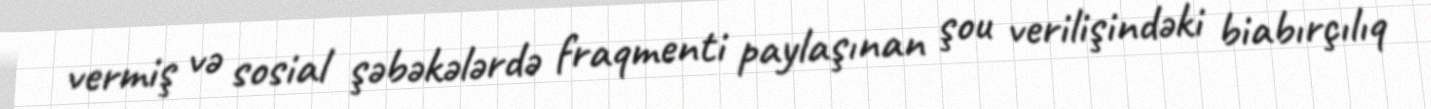
vermiş və sosial şəbəkələrdə fraqmenti paylaşınan şou verilişindəki biabırçılıq